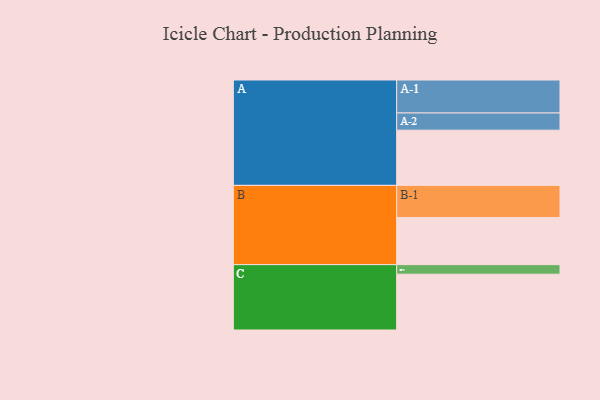
{"axis": {"x": "Segment", "y": "Value"}, "legend": ["", "A", "B", "C"], "data": [{"x": "A", "y": 484, "type": ""}, {"x": "B", "y": 413, "type": ""}, {"x": "C", "y": 489, "type": ""}, {"x": "A-1", "y": 289, "type": "A"}, {"x": "A-2", "y": 151, "type": "A"}, {"x": "B-1", "y": 282, "type": "B"}, {"x": "C-1", "y": 84, "type": "C"}]}